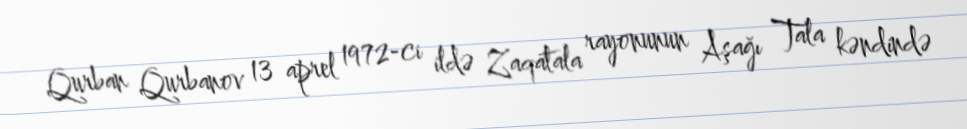
Qurban Qurbanov 13 aprel 1972-ci ildə Zaqatala rayonunun Aşağı Tala kəndində